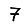
Digit: 7